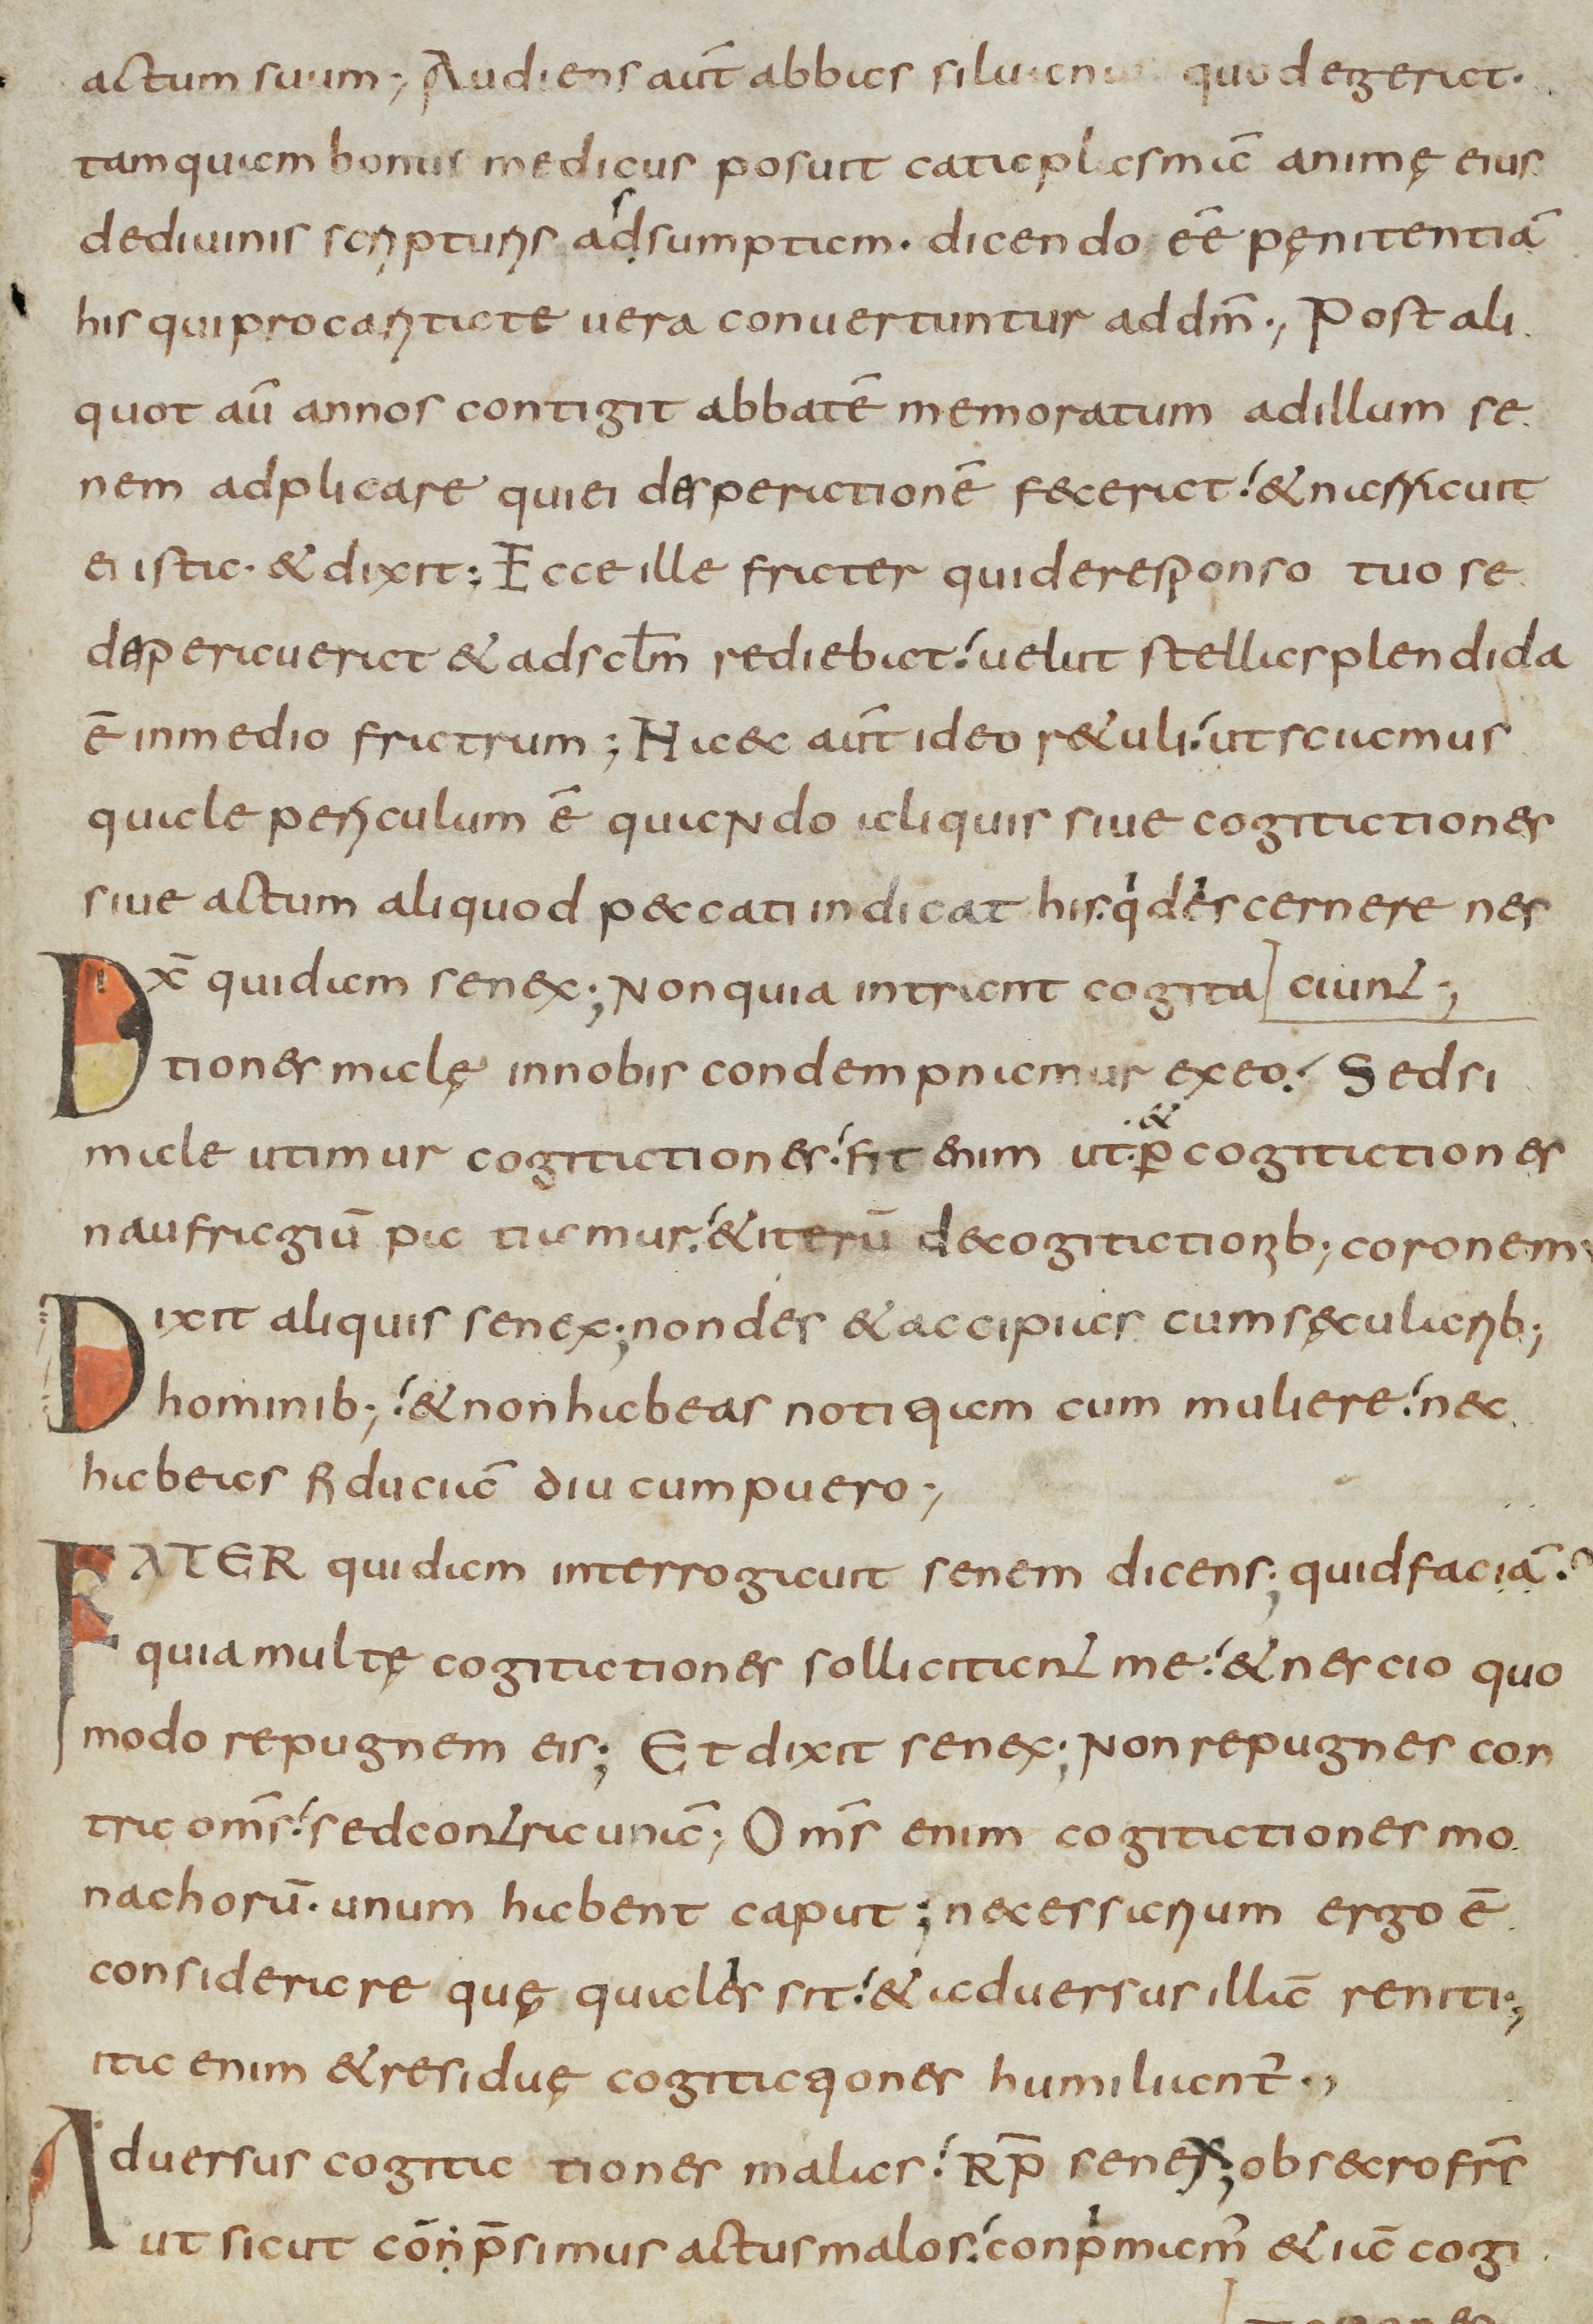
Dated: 800–849